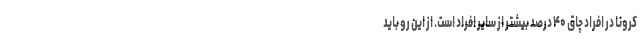
کرونا در افراد چاق ۴۰ درصد بیشتر از سایر افراد است. از این رو باید